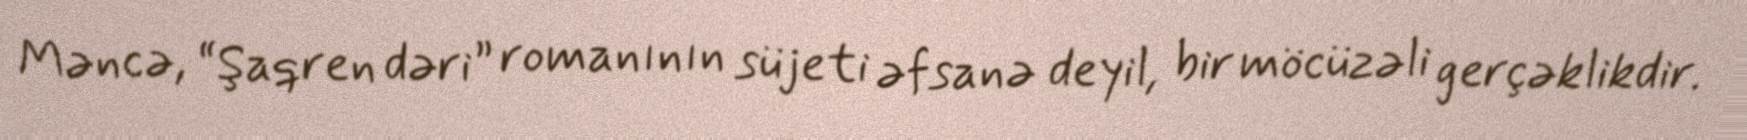
Məncə, “Şaqren dəri” romanının süjeti əfsanə deyil, bir möcüzəli gerçəklikdir.